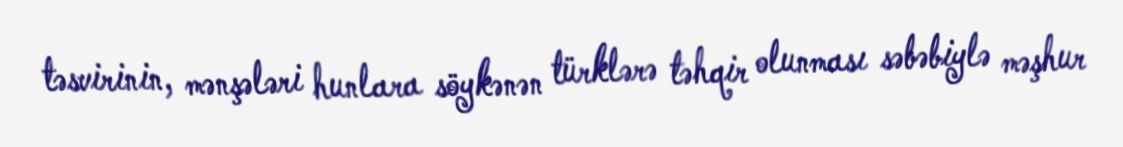
təsvirinin, mənşələri hunlara söykənən türklərə təhqir olunması səbəbiylə məşhur